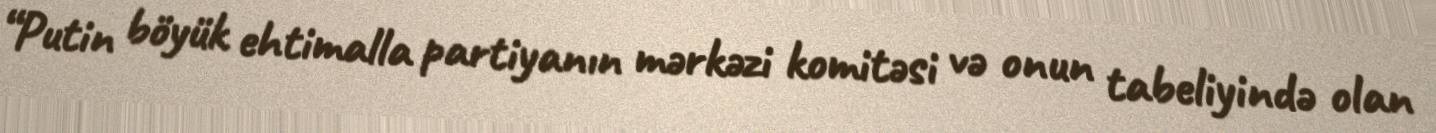
“Putin böyük ehtimalla partiyanın mərkəzi komitəsi və onun tabeliyində olan